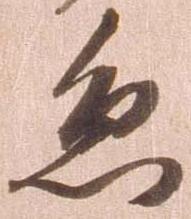
急